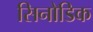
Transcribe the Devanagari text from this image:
सिनोडिक